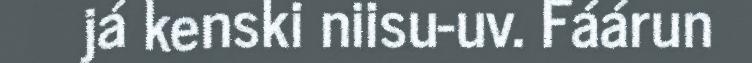
já kenski niisu-uv. Fáárun